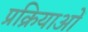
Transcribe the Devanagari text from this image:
प्रक्रियाओं